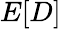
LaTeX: E[D]